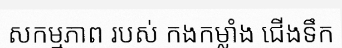
សកម្មភាព របស់ កងកម្លាំង ជើងទឹក